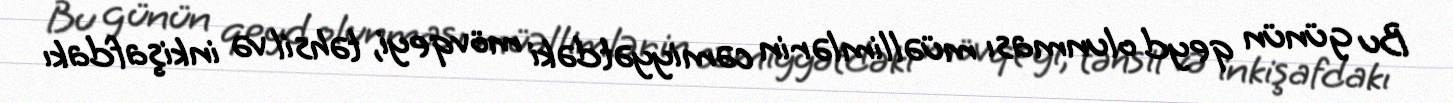
Bu günün qeyd olunması müəllimlərin cəmiyyətdəki mövqeyi, təhsil və inkişafdakı